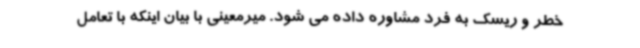
خطر و ریسک به فرد مشاوره داده می شود. میرمعینی با بیان اینکه با تعامل